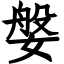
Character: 媻